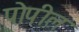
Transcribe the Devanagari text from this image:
पोपील